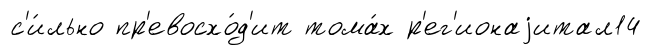
с'и́льно пр'евосхо́д'ит тома́х р'ег'ионаjитал14